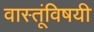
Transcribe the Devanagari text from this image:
वास्तूंविषयी